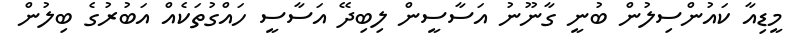
މީޑިއާ ކައުންސިލުން ބުނީ ގާނޫނު އަސާސީން ލިބިދޭ އަސާސީ ހައްގުތަކެއް އަބުރުގެ ބިލުން